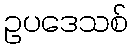
ဥပဒေသစ်